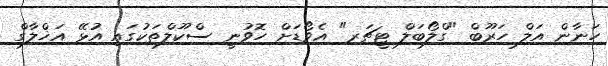
ހަނާން އަލް ހަރޫބް "ގްލޯބަލް ޓީޗަރ" އެވޯޑަށް ހޮވުނީ ސްކޫލްތަކުގައި އުޅޭ އަޚްލާގް